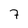
Character: 7